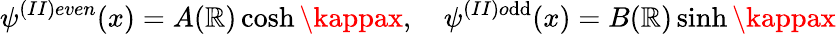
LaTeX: \psi^{(II)even}(x)=A(\mathbb{R})\cosh\kappax,\quad\psi^{(II)o\mathrm{d}\mathrm{d}}(x)=B(\mathbb{R})\sinh\kappax